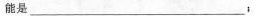
能是___；